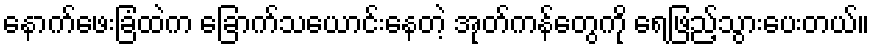
နောက်ဖေးခြံထဲက ခြောက်သယောင်းနေတဲ့ အုတ်ကန်တွေကို ရေဖြည့်သွားပေးတယ်။